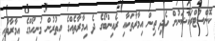
ކޮންސްޓްރަކްޝަނުން ހެދި ތިން އިމާރާތަކާއި ރެއިންބޯގެ ދެ އިމާރާތެއްގެ އިތުރުން މުނިހޯމްގެ އިމާރާތާއި